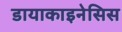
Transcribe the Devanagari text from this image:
डायाकाइनेसिस